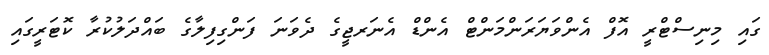
ގައި މިނިސްޓްރީ އޮފް އެންވަޔަރަންމަންޓް އެންޑް އެނަރޖީގެ ދެވަނަ ފަންގިފިލާގެ ބައްދަލުކުރާ ކޮޓަރީގައި